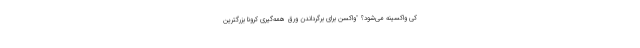
کی واکسینه می‌شود؟ "واکسن برای برگرداندن ورق همه‌گیری کرونا بزرگترین